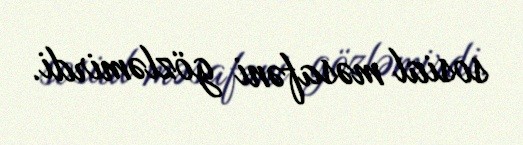
sosial məsafəni gözləmirdi.